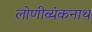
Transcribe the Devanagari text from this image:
लोणीव्यंकनाथ